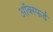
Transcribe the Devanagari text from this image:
ऑक्स्फर्ड